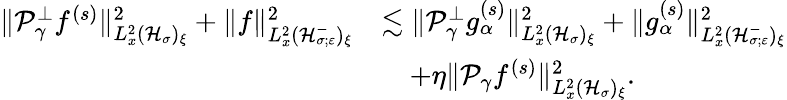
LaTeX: \begin{array}{rl}{\| \mathcal P_{\gamma}^{\perp}f^{(s)}\| _{L_{x}^{2}(\mathcal H_{\sigma})_{\xi}}^{2}+\| f\| _{L_{x}^{2}(\mathcal H_{\sigma;\varepsilon}^{-})_{\xi}}^{2}}&{\lesssim\| \mathcal P_{\gamma}^{\perp}g_{\alpha}^{(s)}\| _{L_{x}^{2}(\mathcal H_{\sigma})_{\xi}}^{2}+\| g_{\alpha}^{(s)}\| _{L_{x}^{2}(\mathcal H_{\sigma;\varepsilon}^{-})_{\xi}}^{2}}\\ &{\quad+\eta\| \mathcal P_{\gamma}f^{(s)}\| _{L_{x}^{2}(\mathcal H_{\sigma})_{\xi}}^{2}.}\end{array}